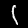
Label: 1